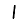
Digit: 1